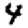
Digit: 4